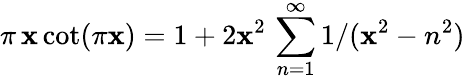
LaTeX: \pi\, \mathbf{x}\cot(\pi\mathbf{x})=1+2\mathbf{x}^{2}\, \sum_{n=1}^{\infty}1/(\mathbf{x}^{2}-n^{2})